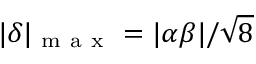
| \delta | _ { \mathrm { ~ m ~ a ~ x ~ } } = | \alpha \beta | / \sqrt { 8 }